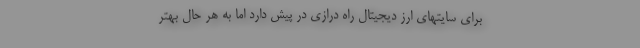
برای سايتهاي ارز ديجيتال راه درازي در پيش دارد اما به هر حال بهتر